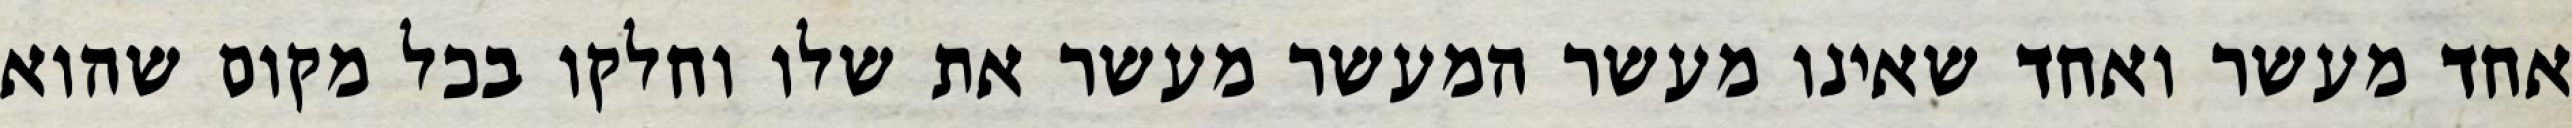
אחד מעשר ואחד שאינו מעשר המעשר מעשר את שלו וחלקו בכל מקום שהוא